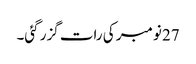
27 نومبر کی رات گزر گئی۔